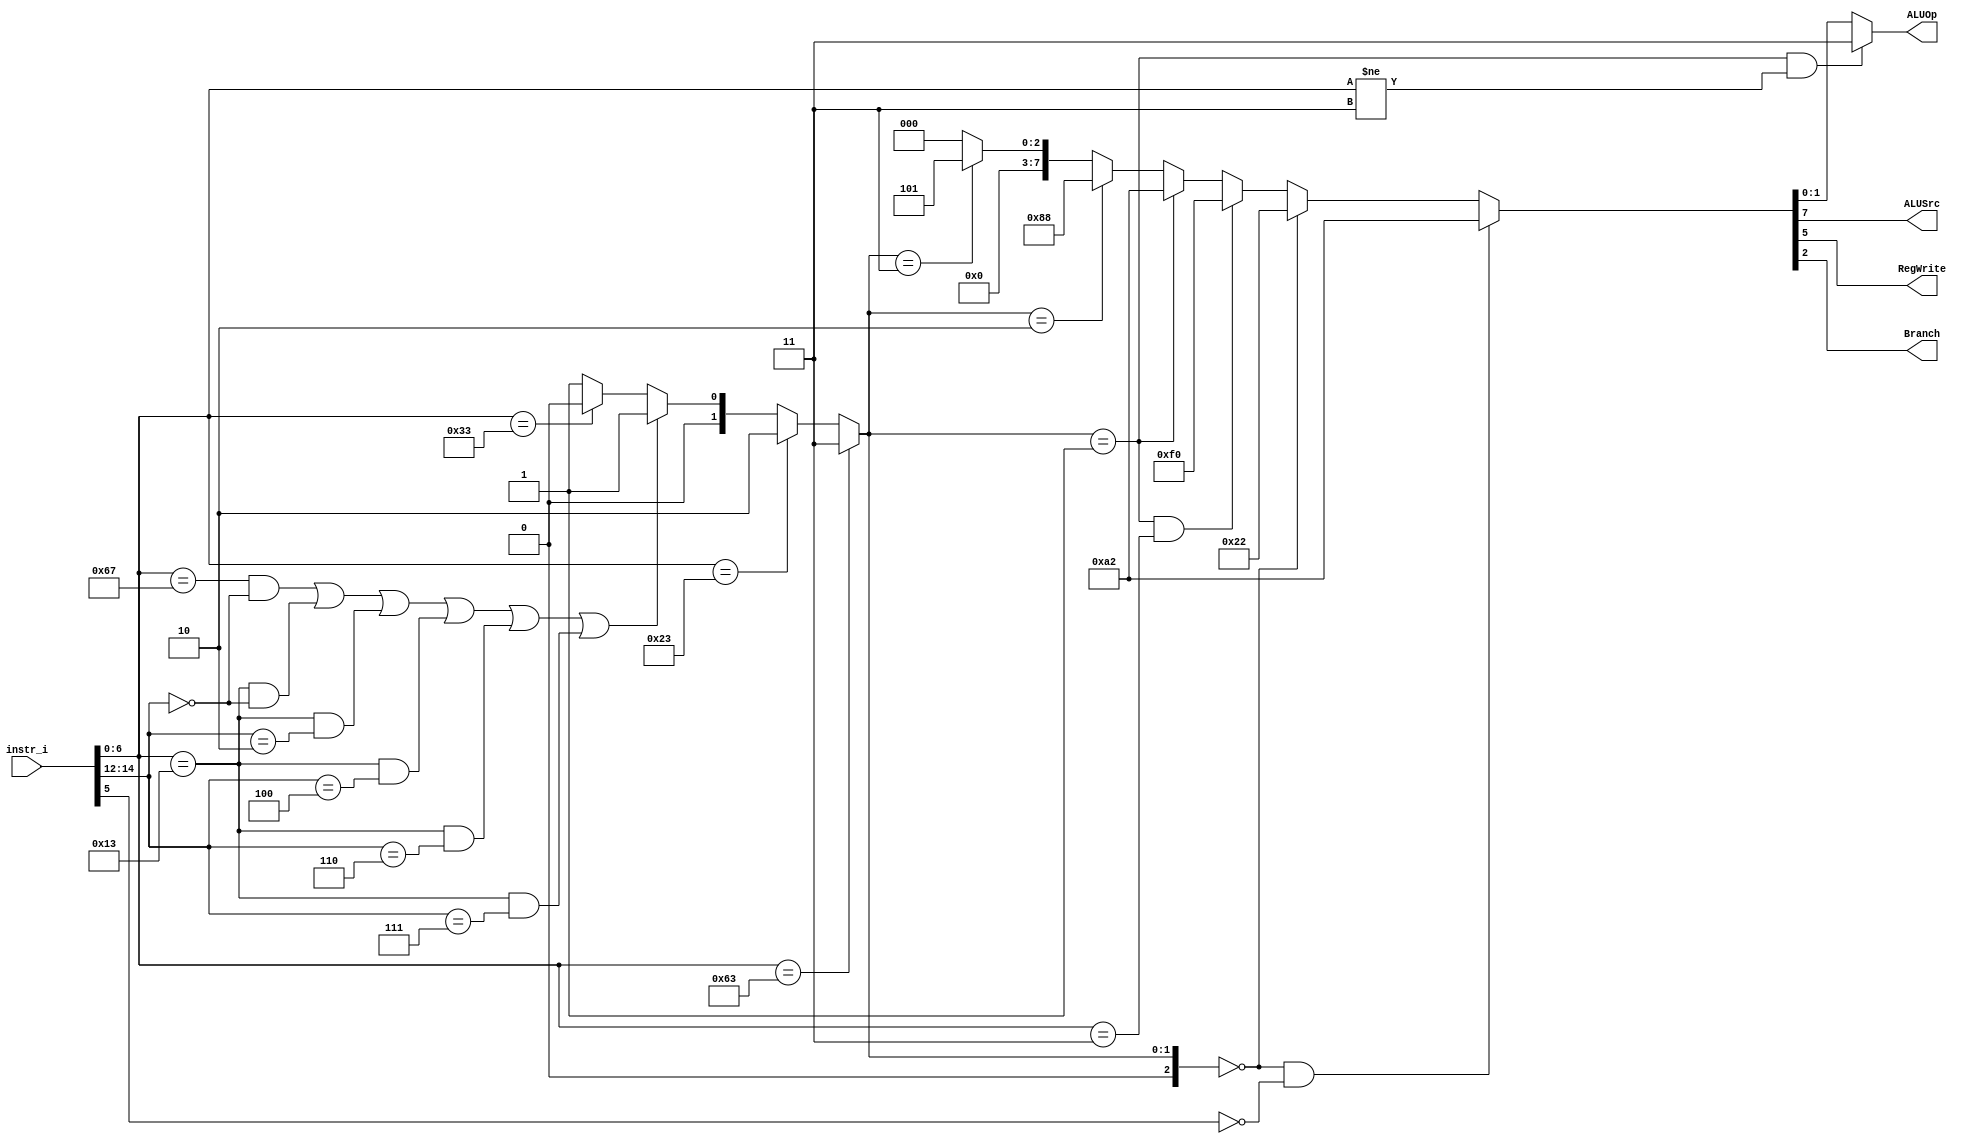
/***************************************************
Student Name: 
Student ID: 07162220716214
***************************************************/

`timescale 1ns/1ps

module Decoder(
	input [32-1:0] 	instr_i,
	output wire			ALUSrc,
	output wire			RegWrite,
	output wire			Branch,
	output wire [2-1:0]	ALUOp
	);
	
	//Internal Signals
	wire	[7-1:0]		opcode;
	wire 	[3-1:0]		funct3;
	wire	[9-1:0]		Ctrl_o;
	wire	[3-1:0]		Instr_field;

	assign opcode = instr_i[6:0];
	assign funct3 = instr_i[14:12];

	// Check Instr. Field
	// 0:R-type, 1:I-type, 2:S-type, 3:B-type					 
	assign Instr_field= (opcode==7'b1100011)?3:(
						(opcode==7'b0100011)?2:((
						(opcode==7'b1100111 && funct3==3'b000) ||	//JALR
						(opcode==7'b0010011 && funct3==3'b000) ||	//ADDI
						(opcode==7'b0010011 && funct3==3'b010) ||	//SLTI
						(opcode==7'b0010011 && funct3==3'b100) ||	//XORI
						(opcode==7'b0010011 && funct3==3'b110) ||	//ORI
						(opcode==7'b0010011 && funct3==3'b111))?1:(//ANDI
						(opcode==7'b0110011)?0:
						1)));
						
	assign Ctrl_o = (Instr_field==0 && opcode[5]==0)?9'b010100010:(
					(Instr_field==0)?9'b000100010:(
					(Instr_field==1 && opcode==7'b0000011)?9'b011110000:( //LW
					(Instr_field==1)?9'b010100010:(
					(Instr_field==2)?9'b010001000:(
					(Instr_field==3)?9'b000000101:(
					0))))));
					
	assign ALUSrc 	= Ctrl_o[7];
	assign RegWrite = Ctrl_o[5];
	assign Branch	= Ctrl_o[2];
	assign ALUOp 	= (Instr_field==1 && opcode!=7'b0000011)?2'b11:{Ctrl_o[1:0]};
	// always @ (*) begin
	// 	$display("Instr_field = %1d, ALUOp = %2b\n",
	//         Instr_field, ALUOp
	// 	);
	// end

endmodule